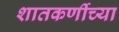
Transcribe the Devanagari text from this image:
शातकर्णीच्या